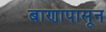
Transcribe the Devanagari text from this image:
बाणापासून